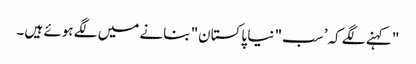
" کہنے لگے کہ’ سب" نیا پاکستان" بنانے میں لگے ہوئے ہیں۔